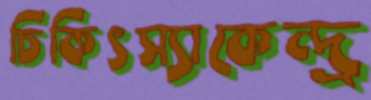
চিকিৎস্যাকেন্দ্র